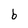
Character: b